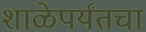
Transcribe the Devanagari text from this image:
शाळेपर्यंतचा